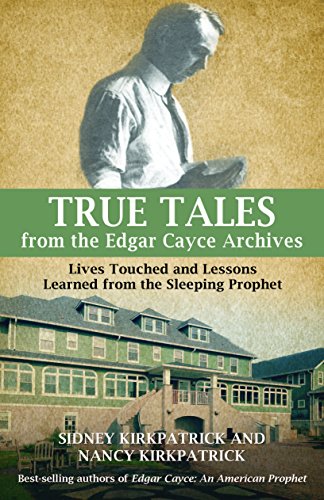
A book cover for True Tales from the Edgar Cayce Archives: Lives Touched and Lessons Learned from the Sleeping Prophet; Sidney Kirkpatrick; Religion & Spirituality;